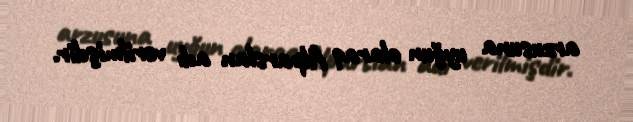
arzusuna uyğun olaraq Alparslan adı verilmişdir.